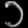
Digit: ၁